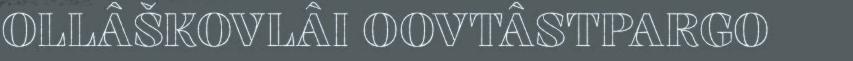
OLLÂŠKOVLÂI OOVTÂSTPARGO